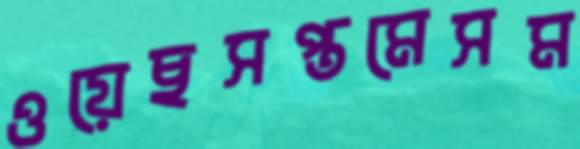
ওয়েছসপ্তমেসম